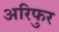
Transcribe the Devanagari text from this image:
अरिफुर